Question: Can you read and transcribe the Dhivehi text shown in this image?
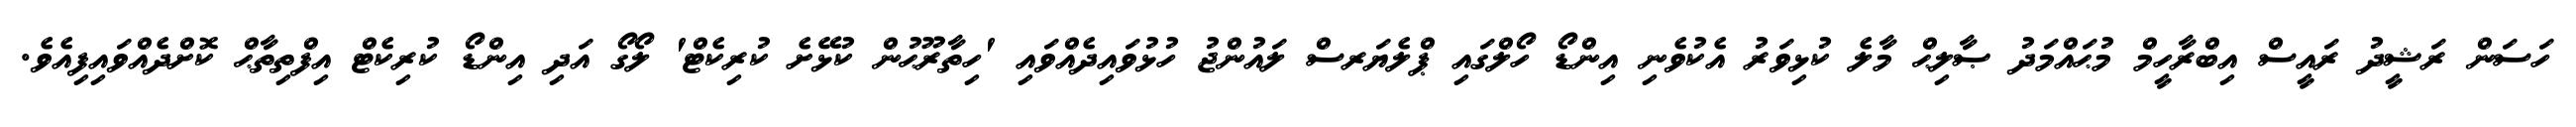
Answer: ހަސަން ރަޝީދު ރައީސް އިބްރާހީމް މުޙައްމަދު ޞާލިޙް މާލެ ކުޅިވަރު އެކުވެނި އިންޑޯ ހޯލްގައި ޕްލެޔަރސް ލައުންޖު ހުޅުވައިދެއްވައި 'ހިތާރޫޙުން ކުޅޭށެ ކުރިކެޓް' ލޯގޯ އަދި އިންޑޯ ކުރިކެޓް އިފްތިތާޙް ކޮށްދެއްވައިފިއެވެ.